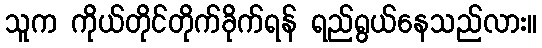
သူက ကိုယ်တိုင်တိုက်ခိုက်ရန် ရည်ရွယ်နေသည်လား။